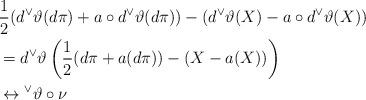
LaTeX: \begin{align*}& \frac{1}{2}(d {^\vee}\vartheta (d\pi) + a \circ d {^\vee}\vartheta(d\pi)) - (d {^\vee}\vartheta (X) -a \circ d {^\vee}\vartheta (X))\\&= d {^\vee}\vartheta \left( \frac{1}{2}( d\pi + a(d\pi)) - ( X -a ( X))\right)\\& \leftrightarrow {^\vee}\vartheta \circ \nu\end{align*}